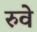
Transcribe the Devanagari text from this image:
रुवे